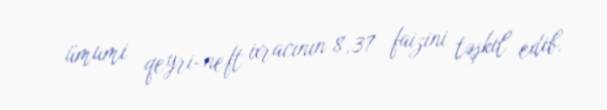
ümumi qeyri-neft ixracının 8,37 faizini təşkil edib.